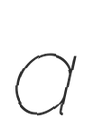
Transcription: a